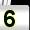
Digit: 5